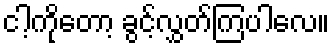
ငါ့ကိုတော့ ခွင့်လွှတ်ကြပါလေ။